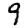
Digit: 9